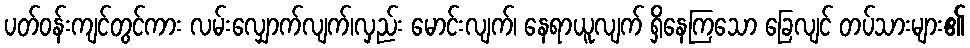
ပတ်ဝန်းကျင်တွင်ကား လမ်းလျှောက်လျက်၊လှည်း မောင်းလျက်၊ နေရာယူလျက် ရှိနေကြသော ခြေလျင် တပ်သားများ၏